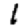
Digit: 1